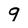
Character: 9